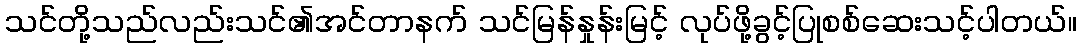
သင်တို့သည်လည်းသင်၏အင်တာနက် သင်မြန်နှုန်းမြင့် လုပ်ဖို့ခွင့်ပြုစစ်ဆေးသင့်ပါတယ်။